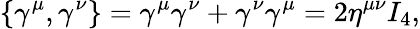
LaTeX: \{ \gamma^{\mu},\gamma^{\nu}\} =\gamma^{\mu}\gamma^{\nu}+\gamma^{\nu}\gamma^{\mu}=2\eta^{\mu\nu}I_{4},